Report on sanitation, dispensaries, and jails in Rajputana for 1919, and on vaccination for the year 1919-1920 - 1919-1920
Year: 1919
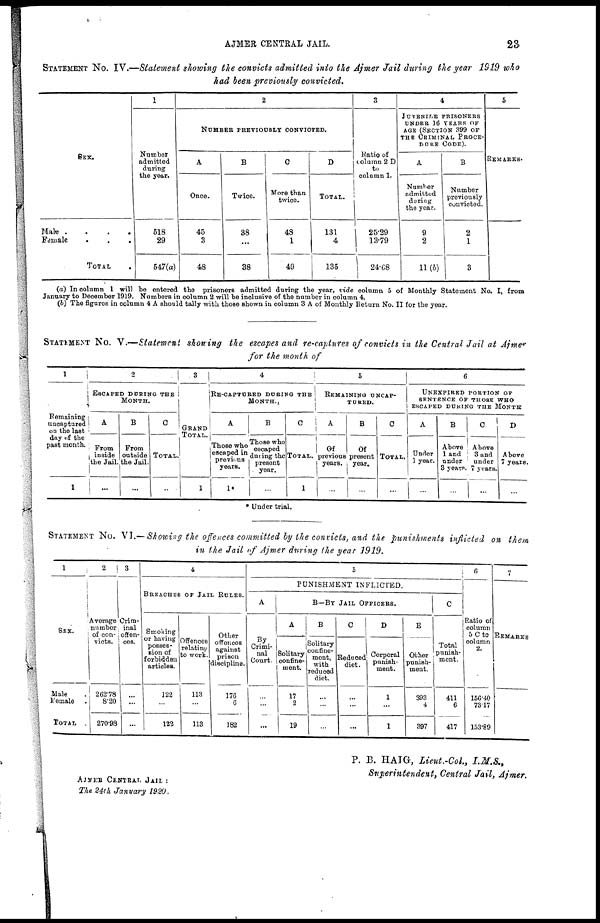
AJMER CENTRAL JAIL.
23
STATEMENT NO. IV.—Statement showing the convicts admitted into the Ajmer Jail during the year 1919 who
had been previously convicted.
SEX.
Male .
.
.
.
Female . . .
TOTAL .
1
Number
admitted
during
the year.
518
29
547(a)
2
NUMBER PREVIOUSLY CONVICTED.
A
Once.
45
3
48
B
Twice.
38
...
38
C
More than
twice.
48
1
49
D
TOTAL.
131
4
135
3
Ratio of
column 2 D
to
column 1.
25.29
13.79
24.68
4
JUVENILE PRISONERS
UNDER 16 YEARS OF
AGE (SECTION 399 OF
THE CRIMINAL PROCE-
DURE CODE).
A
Number
admitted
during
the year.
9
2
11(b)
B
Number
previously
convicted.
2
1
3
5
REMARKS.
(a) In column 1 will be entered the prisoners admitted during the year, vide column 5 of Monthly Statement No. I, from
January to December 1919. Nambers in column 2 will be inclusive of the number in column 4.
(b) The figures in column 4 A should tally with those shown in column 3 A of Monthly Return No. II for the year.
STATEMENT NO. V.—Statement showing the escapes and re-captures of convicts in the Central Jail at Ajmer
for the month of
1
Remaining
uncaptured
on the last
day of the
past month.
1
2
ESCAPED DURING THE
MONTH.
A
From
inside
the Jail.
...
B
From
outside
the Jail.
...
C
TOTAL.
...
3
GRAND
TOTAL.
1
4
RE-CAPTURED DURING THE
MONTH.
A
Those who
escaped in
previous
years.
1
B
Those who
escaped
during the
present
year.
...
C
TOTAL.
1
5
REMAINING UNCAP-
TURED.
A
Of
previous
years.
...
B
Of
present
year.
...
C
TOTAL.
...
6
UNEXPIRED PORTION OF
SENTENCE OF THOSE WHO
ESCAPED DURING THE MONTH
A
Under
1 year.
...
B
Above
1 and
under
3 years.
...
C
Above
3 and
under
7 years.
...
D
Above
7 years.
...
Under trial.
STATEMENT NO. VI.— Showing the offences committed by the convicts, and the punishments inflicted on them
in the Jail of Ajmer during the year 1919.
1
SEX.
Male .
Female .
TOTAL .
2
Average
number
of con-
victs.
262.78
8.20
270.98
3
Crim-
inal
offen-
ces.
...
...
...
4
BREACHES OF JAIL RULES.
Smoking
or having
posses-
sion of
forbidden
articles.
122
...
122
Offences
relating
to work.
113
...
113
Other
offences
against
prison
discipline.
176
6
182
5
PUNISHMENT INFLICTED.
A
By
Crimi-
nal
Court.
...
...
...
B—BY JAIL OFFICERS.
A
Solitary
confine-
ment.
17
2
19
B
Solitary
confine-
ment,
with
reduced
diet.
...
...
...
C
Reduced
diet.
...
...
...
D
Corporal
punish-
ment.
1
...
1
E
Other
punish-
ment.
393
4
397
C
Total
punish-
ment.
411
6
417
6
Ratio of
column
5 C to
column
2.
156.40
73.17
153.89
7
REMARKS
P. B. HAIG, Lieut.-Col., I.M.S.,
Superintendent, Central Jail, Ajmer.
AJMER CENTRAL JAIL :
The 24th January
1920.